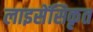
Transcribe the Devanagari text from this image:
लाइसेंसिकृत